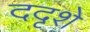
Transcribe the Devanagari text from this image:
ददृशे